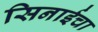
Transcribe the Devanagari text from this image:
सिनाईचा